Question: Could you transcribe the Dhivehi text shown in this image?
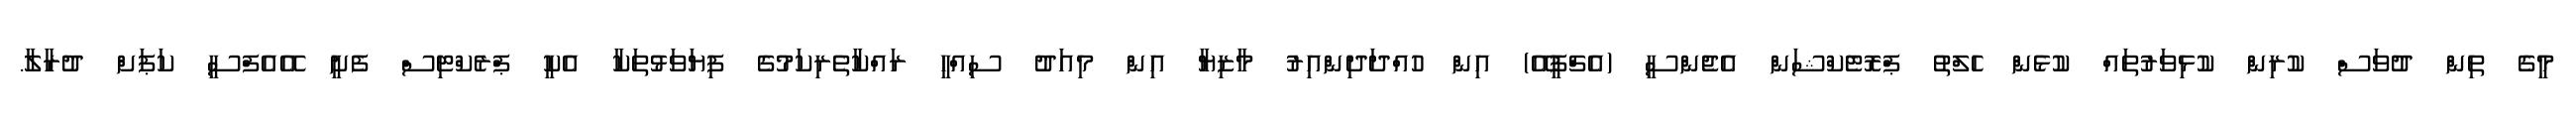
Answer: މީގެ ތިން ދުވަސް ކުރިން ކުޅިވަރުތައް ކުޅެން ހެލްތު ޕްރޮޓެކްޝަން އެޖެންސީ (އެޗްޕީއޭ) އިން ހުއްދަދިންއިރު މާޒިޔާ އިން މިއަދު ސިއްހީ ރައްކާތެރިކަމުގެ ފިޔަވަޅުތަކާ އެކީ ޕްރެކްޓިސް ފެށީ އޭއެފްސީ ކަޕަށް ދުރާލާ.